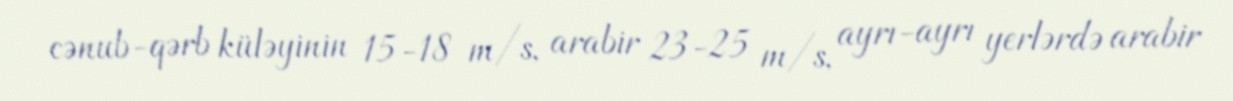
cənub-qərb küləyinin 15-18 m/s, arabir 23-25 m/s, ayrı-ayrı yerlərdə arabir